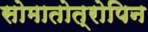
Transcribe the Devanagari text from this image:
सोमातोत्रोपिन